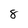
Character: 8